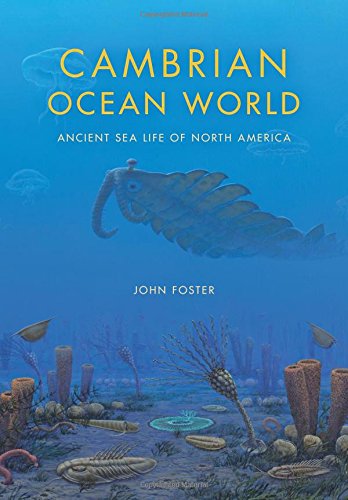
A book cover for Cambrian Ocean World: Ancient Sea Life of North America (Life of the Past); John Foster; Science & Math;